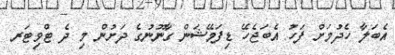
އެބަލާ ހެދުމަށް ފަހު އެބަޖެހޭ ޑިފަމޭޝަން ގާނޫނުގެ ދަށުން މި ދެ ޓްވިޓަރ